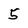
Character: 5